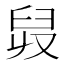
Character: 𦥠